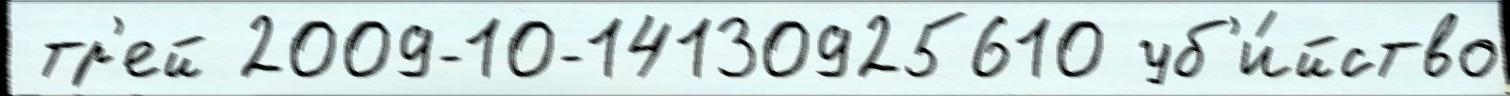
 тр'ей 2009-10-14130925610 уб'и́йство